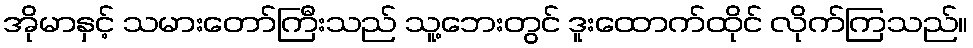
အိုမာနှင့် သမားတော်ကြီးသည် သူ့ဘေးတွင် ဒူးထောက်ထိုင် လိုက်ကြသည်။